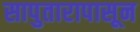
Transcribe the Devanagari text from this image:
सापुतारापासून